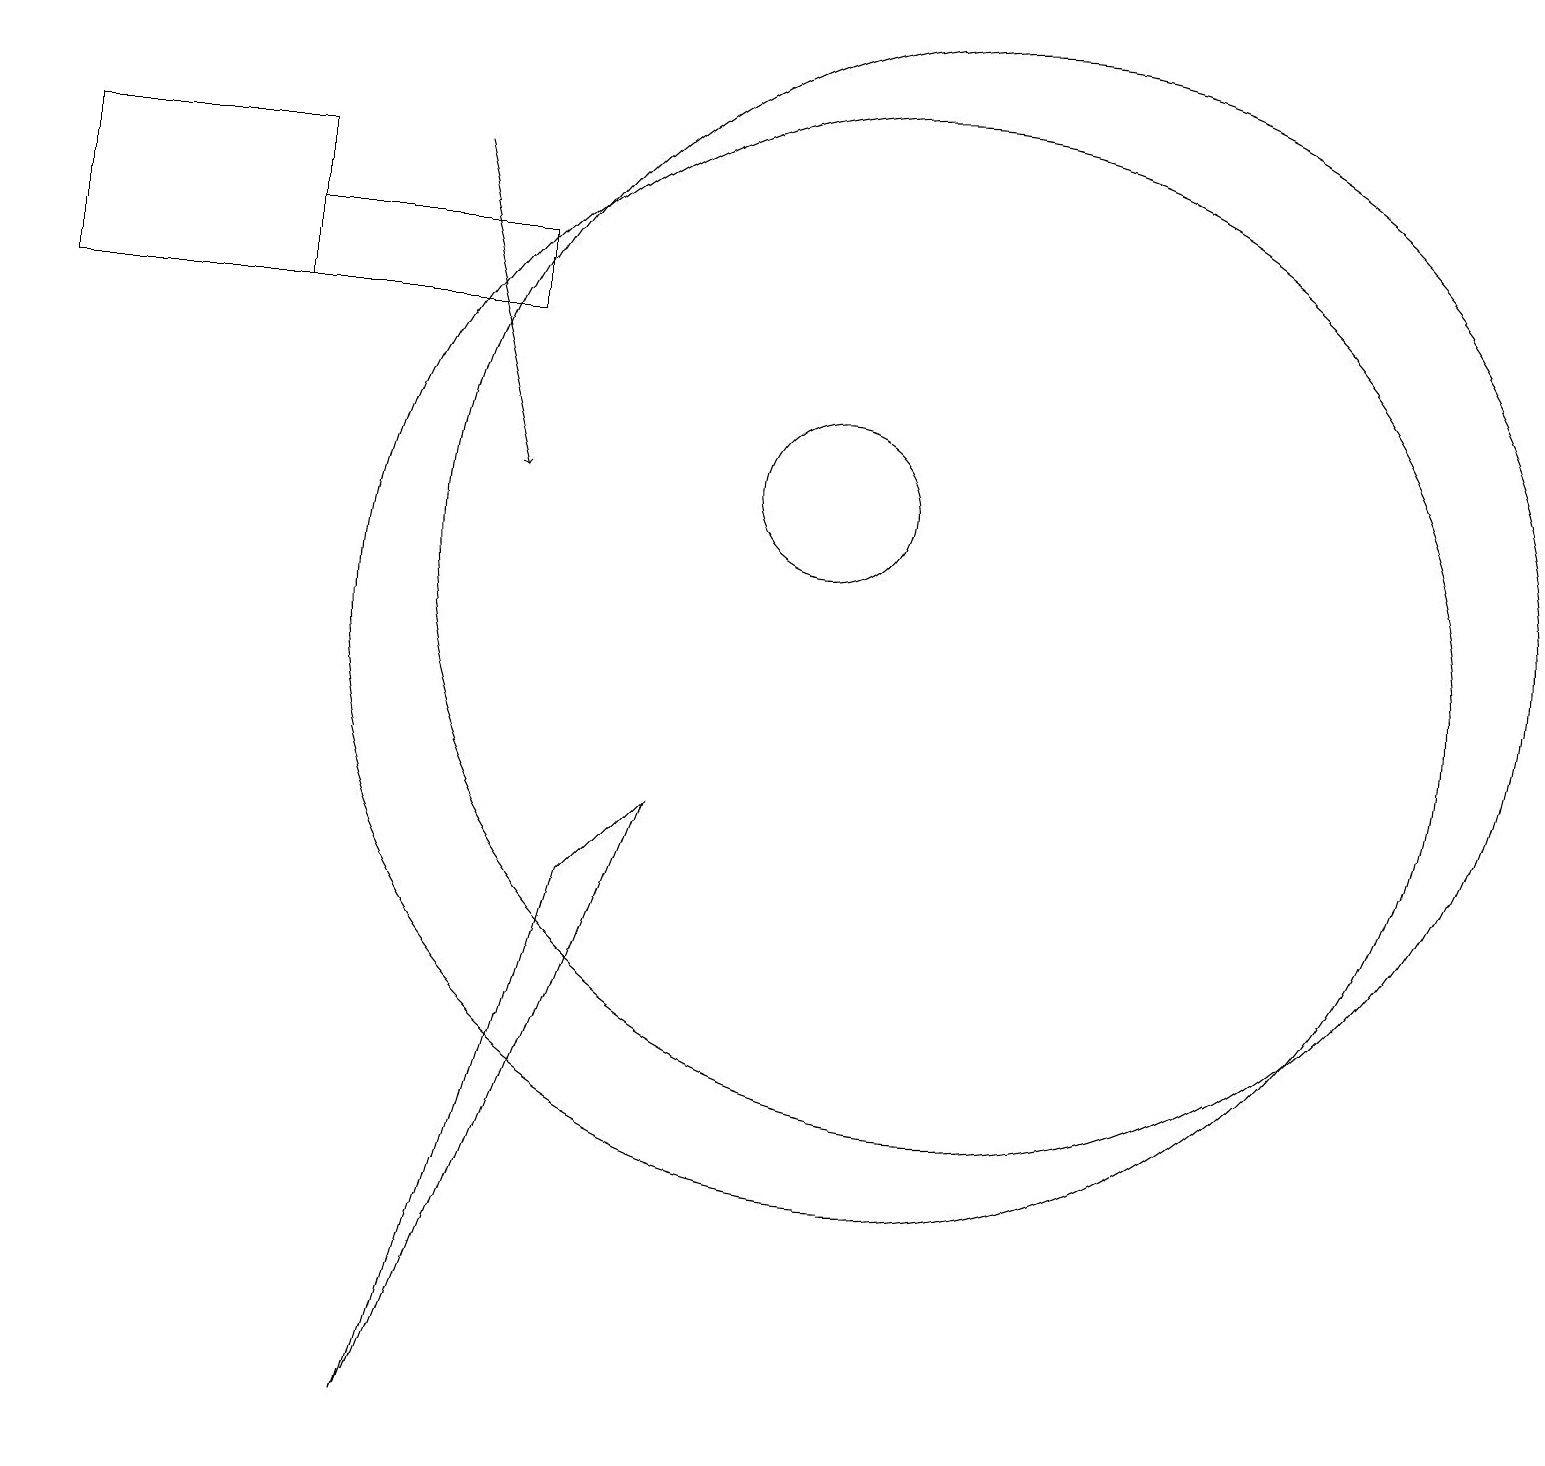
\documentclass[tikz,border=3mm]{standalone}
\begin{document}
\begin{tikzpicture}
\draw[->] (5,16) -- (6,12);
\draw (11,10) circle (7);
\draw (12,11) circle (7);
\draw (3,14) rectangle (6,15);
\draw (0,16) rectangle (3,14);
\draw (8,8) -- (7,7) -- (5,0) -- cycle;
\draw (10,12) circle (1);
\draw (11,11) circle (0);
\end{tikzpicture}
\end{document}